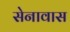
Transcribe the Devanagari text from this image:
सेनावास